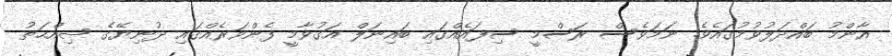
އާންމު ބައްދަލުވުމުގައެވެ. ނަމަވެސް ރަސްމީ ސިފައެއްގައި ބައިނަލް އަގުވާމީ ފެންވަރެއްގައި ދުނިޔޭގެ ޞިއްޙަތު